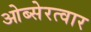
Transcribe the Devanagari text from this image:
ओब्सेरत्वार